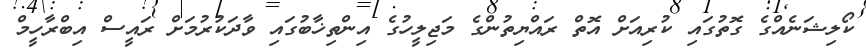
ކޯލިޝަނެއްގެ ގޮތުގައި ކުރިއަށް އޮތް ރައްޔިތުންގެ މަޖިލީހުގެ އިންތިޚާބުގައި ވާދަކުރުމަށް ރައީސް އިބްރާހީމް